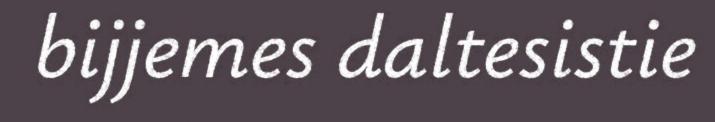
bijjemes daltesistie